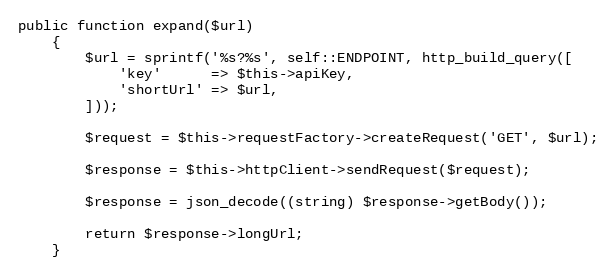
Language: PHP
public function expand($url)
    {
        $url = sprintf('%s?%s', self::ENDPOINT, http_build_query([
            'key'      => $this->apiKey,
            'shortUrl' => $url,
        ]));

        $request = $this->requestFactory->createRequest('GET', $url);

        $response = $this->httpClient->sendRequest($request);

        $response = json_decode((string) $response->getBody());

        return $response->longUrl;
    }